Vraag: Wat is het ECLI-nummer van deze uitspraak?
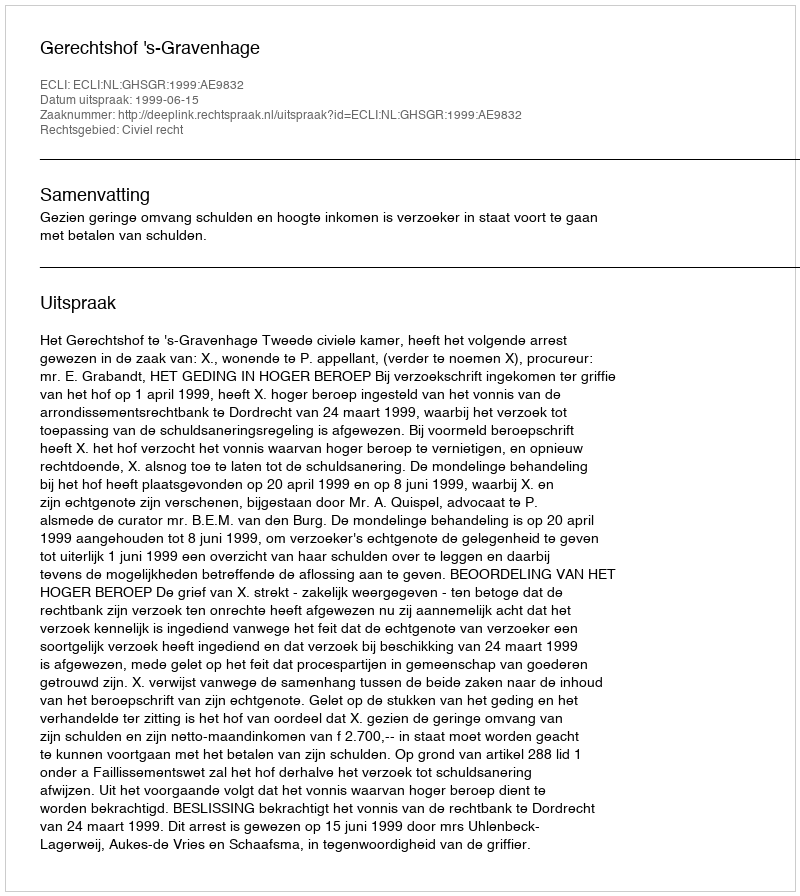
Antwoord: ECLI:NL:GHSGR:1999:AE9832